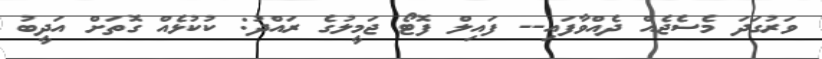
ވަރުގަދަ މެސެޖެއް ދެއްވާފައި-- ފައިލް ފޮޓޯ ޖަމީލުގެ ރައްދު: ކުކުޅެއް ގޮތަށް އަދީބު